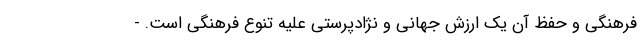
فرهنگی و حفظ آن یک ارزش جهانی و نژادپرستی علیه تنوع فرهنگی است. -